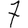
Digit: 7